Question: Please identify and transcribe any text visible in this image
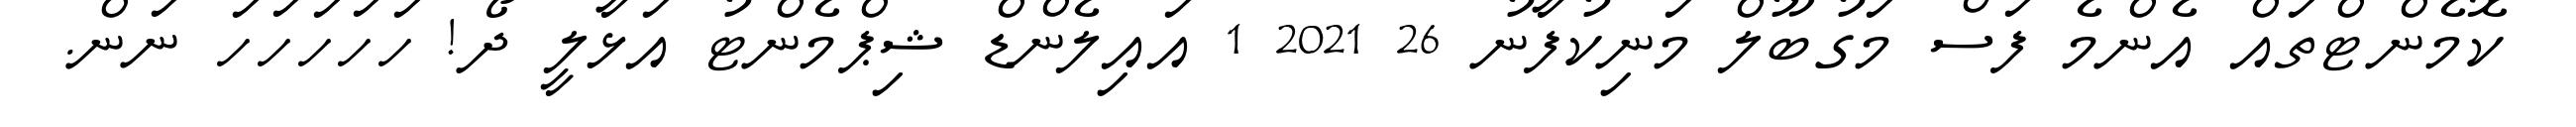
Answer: ކޮމެންޓްތައް އެންމެ ފަސް މަގުބޫލް މަނިކުފާނު 26 2021 1 އައިލެންޑް ޝިޕްމެންޓު އަޅާލީ ދޯ! ހަހަހަހަހަ ނަން.